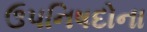
ઉપનિષદોના